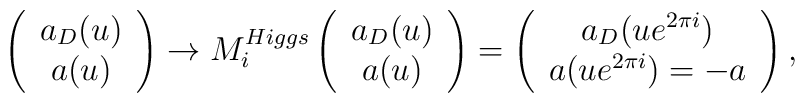
\left( \begin{array}{c} a_{D}(u) \\ a(u) \end{array} \right)\rightarrow        M_{i}^{Higgs} \left( \begin{array}{c} a_{D}(u) \\ a(u) \end{array}\right) =        \left( \begin{array}{c} a_{D}(u e^{2 \pi i}) \\ a(ue^{2 \pi i})=-a                        \end{array} \right),